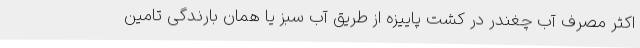
اکثر مصرف آب چغندر در کشت پاییزه از طریق آب سبز یا همان بارندگی تامین